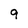
Character: 9